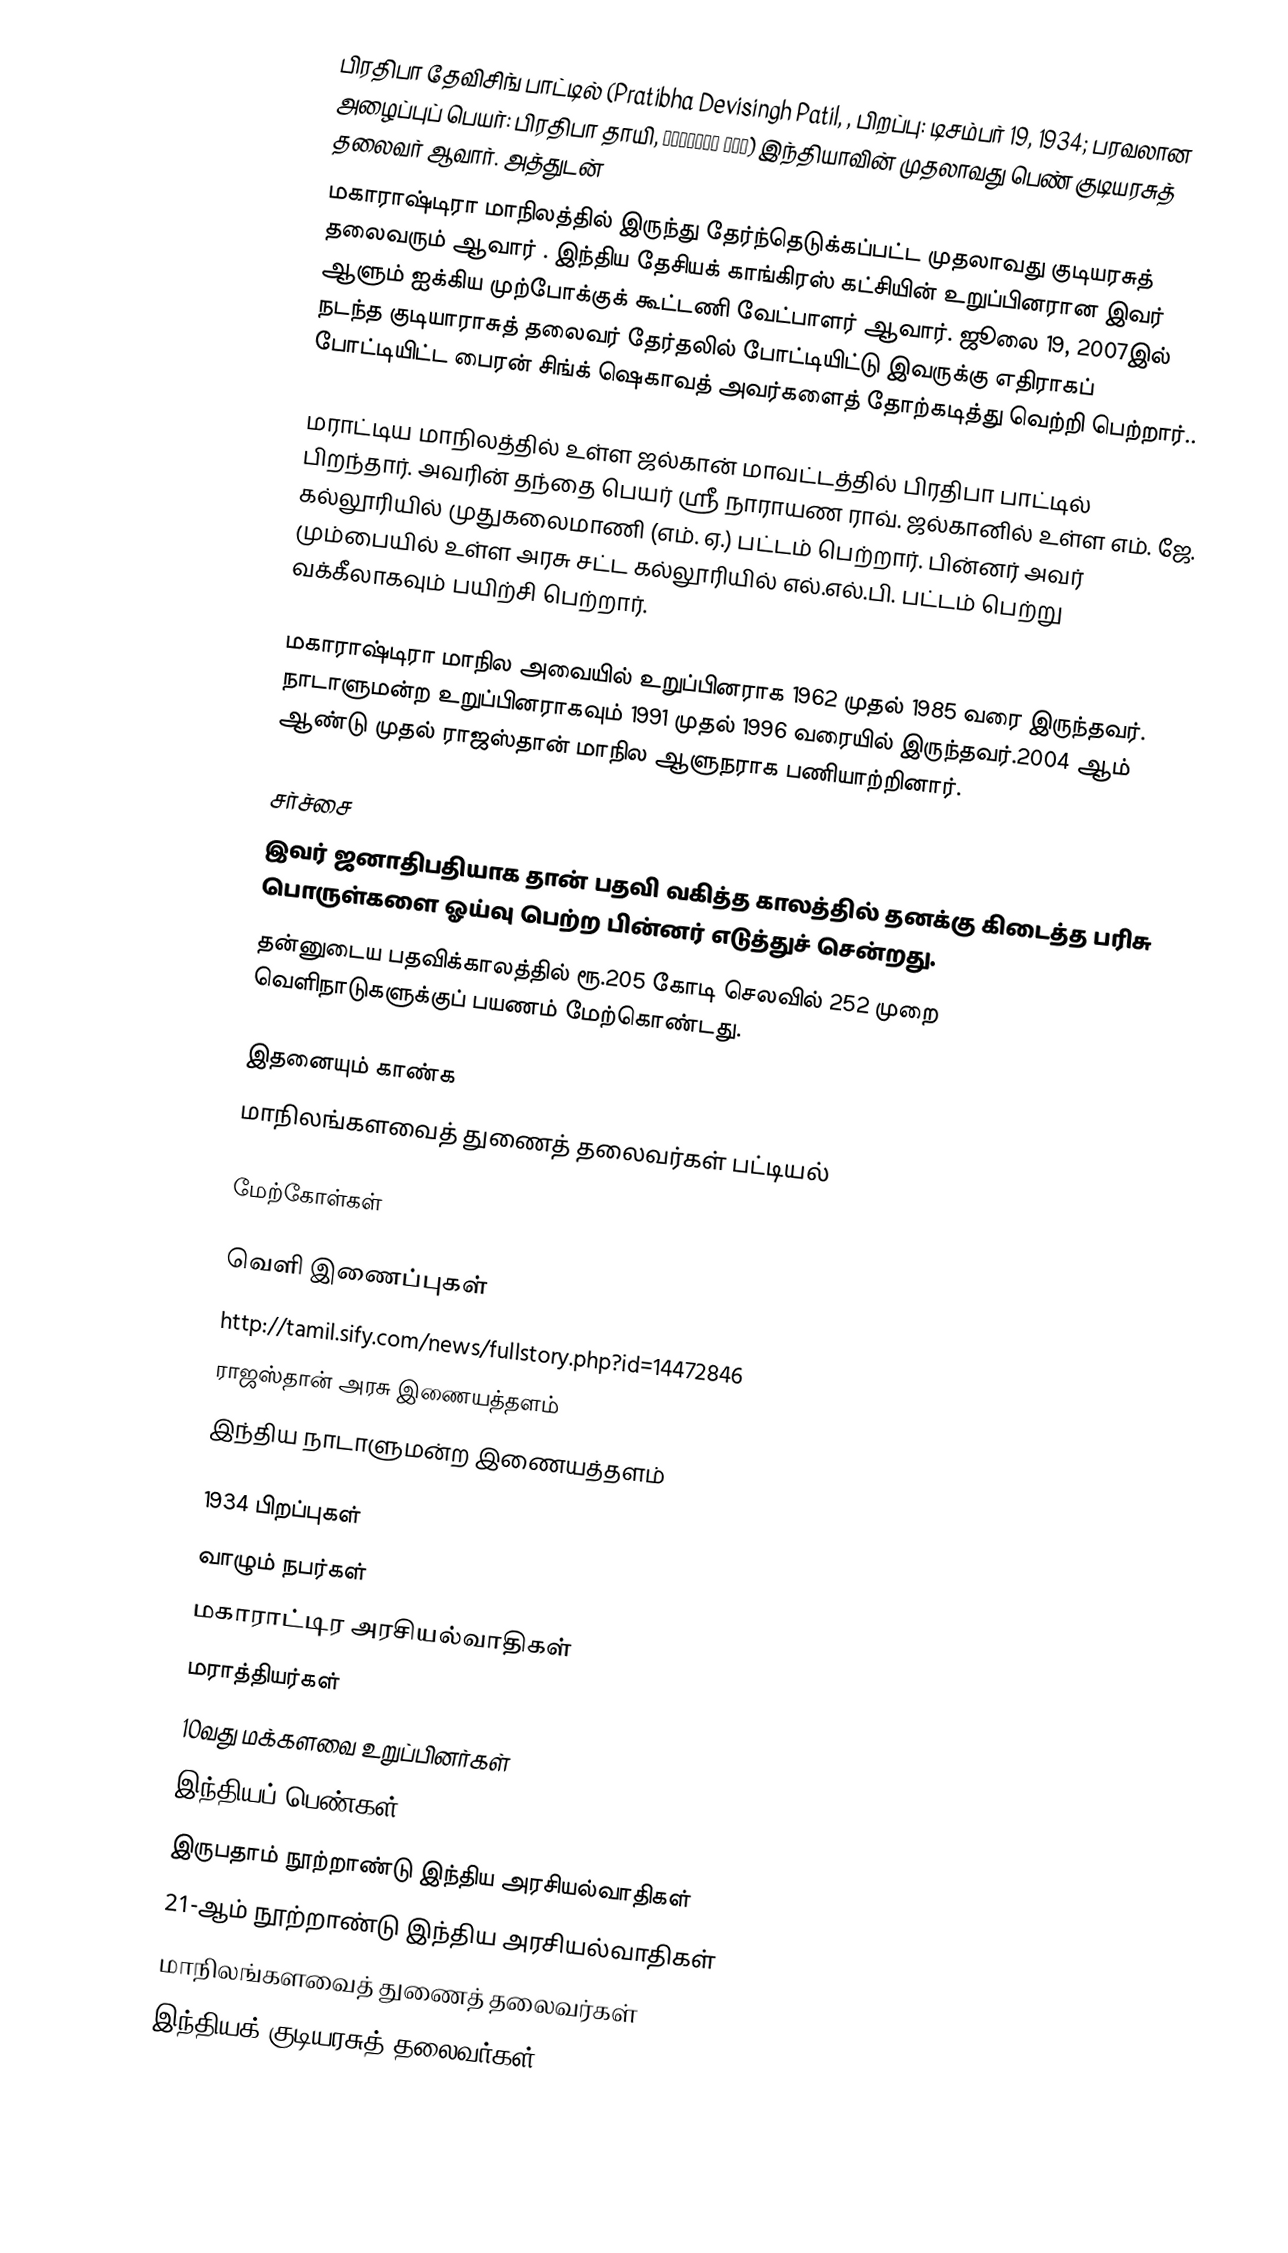
பிரதிபா தேவிசிங் பாட்டில் (Pratibha Devisingh Patil, , பிறப்பு: டிசம்பர் 19, 1934; பரவலான அழைப்புப் பெயர்: பிரதிபா தாயி, प्रतिभा ताई) இந்தியாவின் முதலாவது பெண் குடியரசுத் தலைவர் ஆவார். அத்துடன்
மகாராஷ்டிரா மாநிலத்தில் இருந்து தேர்ந்தெடுக்கப்பட்ட முதலாவது குடியரசுத் தலைவரும் ஆவார் . இந்திய தேசியக் காங்கிரஸ் கட்சியின் உறுப்பினரான இவர் ஆளும் ஐக்கிய முற்போக்குக் கூட்டணி வேட்பாளர் ஆவார். ஜூலை 19, 2007இல் நடந்த குடியாராசுத் தலைவர் தேர்தலில் போட்டியிட்டு இவருக்கு எதிராகப் போட்டியிட்ட பைரன் சிங்க் ஷெகாவத் அவர்களைத் தோற்கடித்து வெற்றி பெற்றார்..

மராட்டிய மாநிலத்தில் உள்ள ஜல்கான் மாவட்டத்தில் பிரதிபா பாட்டில் பிறந்தார். அவரின் தந்தை பெயர் ஸ்ரீ நாராயண ராவ். ஜல்கானில் உள்ள எம். ஜே. கல்லூரியில் முதுகலைமாணி (எம். ஏ.) பட்டம் பெற்றார். பின்னர் அவர் மும்பையில் உள்ள அரசு சட்ட கல்லூரியில் எல்.எல்.பி. பட்டம் பெற்று வக்கீலாகவும் பயிற்சி பெற்றார்.

மகாராஷ்டிரா மாநில அவையில் உறுப்பினராக 1962 முதல் 1985 வரை இருந்தவர். நாடாளுமன்ற உறுப்பினராகவும் 1991 முதல் 1996 வரையில் இருந்தவர்.2004 ஆம் ஆண்டு முதல் ராஜஸ்தான் மாநில ஆளுநராக பணியாற்றினார்.

சர்ச்சை
இவர் ஜனாதிபதியாக  தான் பதவி வகித்த காலத்தில் தனக்கு கிடைத்த பரிசு பொருள்களை ஓய்வு பெற்ற பின்னர் எடுத்துச் சென்றது.
தன்னுடைய பதவிக்காலத்தில் ரூ.205 கோடி செலவில் 252 முறை வெளிநாடுகளுக்குப் பயணம் மேற்கொண்டது.

இதனையும் காண்க
 மாநிலங்களவைத் துணைத் தலைவர்கள் பட்டியல்

மேற்கோள்கள்

வெளி இணைப்புகள்
 http://tamil.sify.com/news/fullstory.php?id=14472846
 ராஜஸ்தான் அரசு இணையத்தளம்
 இந்திய நாடாளுமன்ற இணையத்தளம்

1934 பிறப்புகள்
வாழும் நபர்கள்
மகாராட்டிர அரசியல்வாதிகள்
மராத்தியர்கள்
10வது மக்களவை உறுப்பினர்கள்
இந்தியப் பெண்கள்
இருபதாம் நூற்றாண்டு இந்திய அரசியல்வாதிகள்
21-ஆம் நூற்றாண்டு இந்திய அரசியல்வாதிகள்
மாநிலங்களவைத் துணைத் தலைவர்கள்
இந்தியக் குடியரசுத் தலைவர்கள்